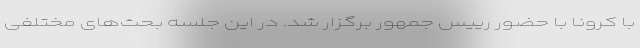
با کرونا با حضور رییس جمهور برگزار شد. در این جلسه بحث‌های مختلفی